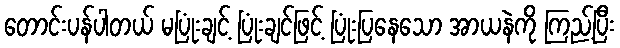
တောင်းပန်ပါတယ် မပြုံးချင့် ပြုံးချင်ဖြင့် ပြုံးပြနေသော အာယနဲကို ကြည့်ပြီး